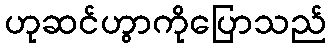
ဟုဆင်ဟွာကိုပြောသည်